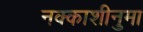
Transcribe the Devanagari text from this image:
नक्काशीनुमा